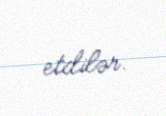
etdilər.